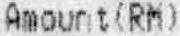
AMOUNT(RM)